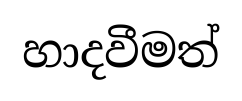
හාදවීමත්